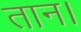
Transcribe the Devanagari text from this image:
तान।